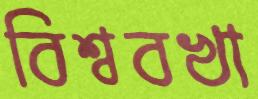
বিশ্ববখা